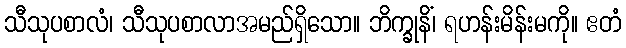
သီသုပစာလံ၊ သီသုပစာလာအမည်ရှိသော။ ဘိက္ခုနိံ၊ ရဟန်းမိန်းမကို။ ဧတံ